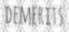
DEMERITS